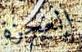
العجزة